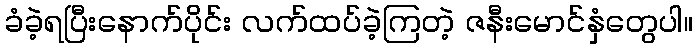
ခံခဲ့ရပြီးနောက်ပိုင်း လက်ထပ်ခဲ့ကြတဲ့ ဇနီးမောင်နှံတွေပါ။